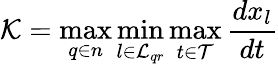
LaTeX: \mathcal{K}=\operatorname*{max}_{q\in n}\operatorname*{min}_{l\in\mathcal{L}_{qr}}\operatorname*{max}_{t\in\mathcal{T}}\frac{dx_{l}}{dt}